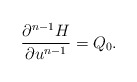
\begin{align*} \frac{\partial^{n-1}H}{\partial u^{n-1}}=Q_0.\end{align*}